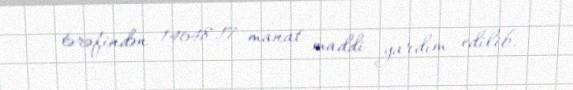
tərəfindən 14648.17 manat maddi yardım edilib.